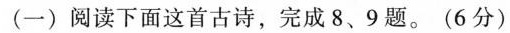
(一) 阅读下面这首古诗，完成 8、9 题。(6分)